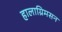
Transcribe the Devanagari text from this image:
हालाग्रिमसन